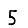
Digit: 5